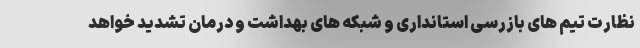
نظارت تیم های بازرسی استانداری و شبکه های بهداشت و درمان تشدید خواهد